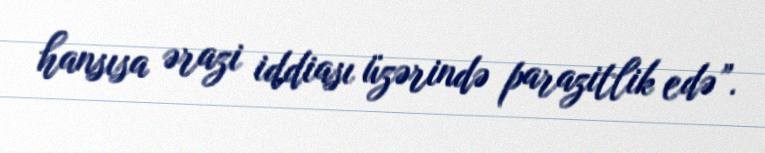
hansısa ərazi iddiası üzərində parazitlik edə”.